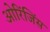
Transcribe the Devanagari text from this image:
ओरिंजिंस